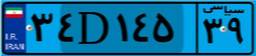
۲۲D۶۹۲۸۶